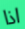
اذا